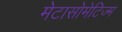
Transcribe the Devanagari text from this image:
मेटासोमेटिज्म